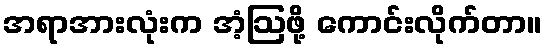
အရာအားလုံးက အံ့ဩဖို့ ကောင်းလိုက်တာ။